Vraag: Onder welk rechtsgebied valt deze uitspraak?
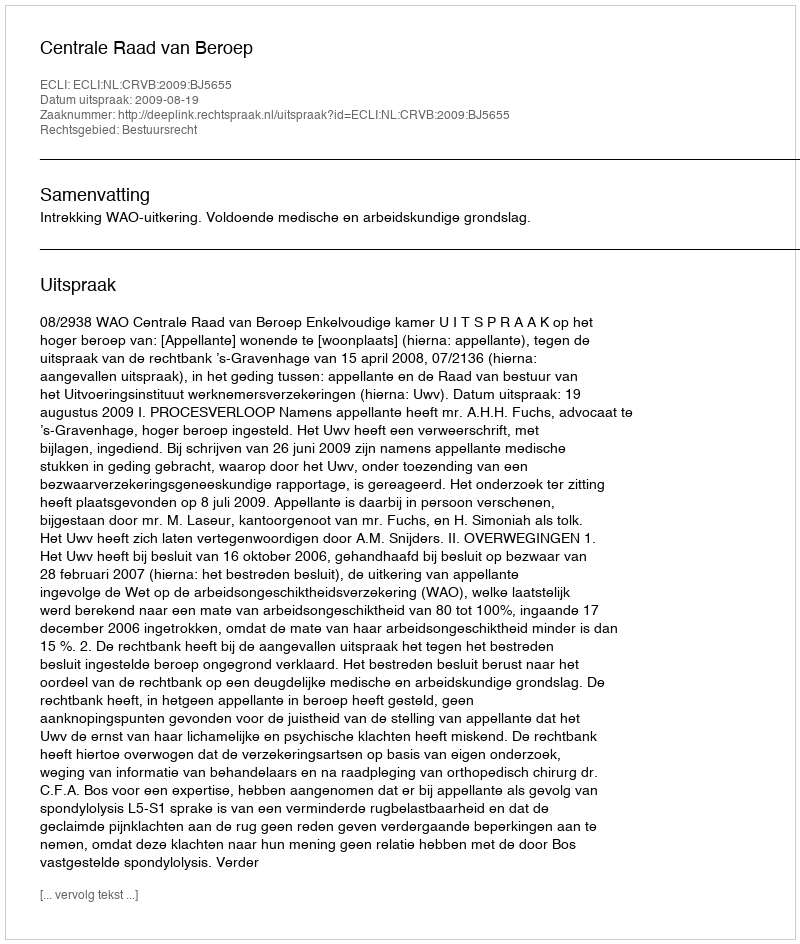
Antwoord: Bestuursrecht